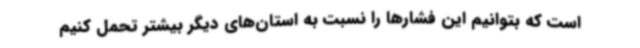
است که بتوانیم این فشارها را نسبت به استان‌های دیگر بیشتر تحمل کنیم